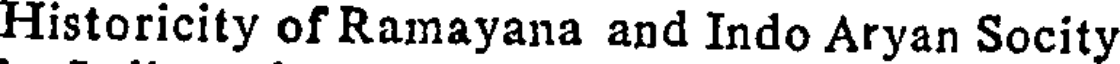
Historicity of Ramayana and Indo Aryan Socity